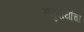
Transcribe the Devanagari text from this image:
समुदायांचा